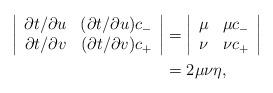
LaTeX: \begin{align*} \left|\begin{array}{cc} \partial t/\partial u & (\partial t/\partial u)c_- \\ \partial t/\partial v & (\partial t/\partial v)c_+ \end{array}\right|&=\left|\begin{array}{cc} \mu & \mu c_- \\ \nu & \nu c_+\end{array}\right|\\&=2\mu\nu \eta,\end{align*}